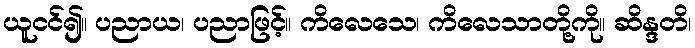
ယူငင်၍။ ပညာယ၊ ပညာဖြင့်။ ကိလေသေ၊ ကိလေသာတို့ကို။ ဆိန္ဒတိ၊